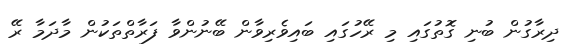
ދިރާގުން ބުނި ގޮތުގައި މި ރޭހުގައި ބައިވެރިވާން ބޭނުންވާ ފަރާތްތަކުން މާދަމާ ރޭ